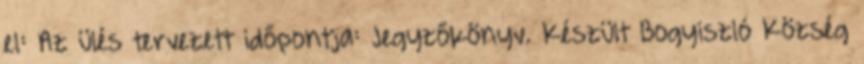
el: Az ülés tervezett időpontja: Jegyzőkönyv. Készült Bogyiszló Község